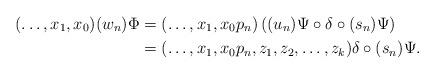
LaTeX: \begin{align*} (\ldots, x_1, x_0)(w_n) \Phi &= (\ldots, x_1, x_0p_n) \left((u_n) \Psi \circ \delta \circ (s_n)\Psi \right) \\ &= (\ldots, x_1, x_0p_n,z_1, z_2, \ldots, z_k) \delta \circ (s_n)\Psi. \\ \end{align*}